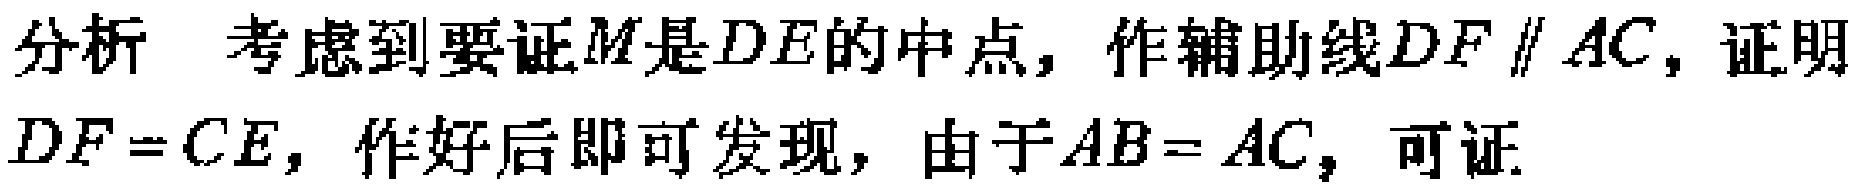
分析 考虑到要证\(M\)是\(DE\)的中点，作辅助线\(DF \parallel AC\)，证明\(DF = CE\)，作好后即可发现，由于\(AB = AC\)，可证.